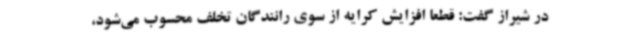
در شیراز گفت: قطعا افزایش کرایه از سوی رانندگان تخلف محسوب می‌شود،